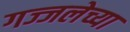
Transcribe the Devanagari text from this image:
गज्जलेच्या